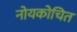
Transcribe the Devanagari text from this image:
नोयकोचित